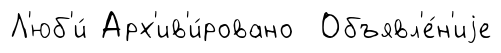
Л'юб'и́ Арх'ив'и́ровано Объявл'е́н'иjе